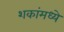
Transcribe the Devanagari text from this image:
शकांमध्ये